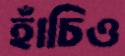
হাঁচিও